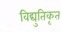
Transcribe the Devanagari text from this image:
विद्युतिकृत